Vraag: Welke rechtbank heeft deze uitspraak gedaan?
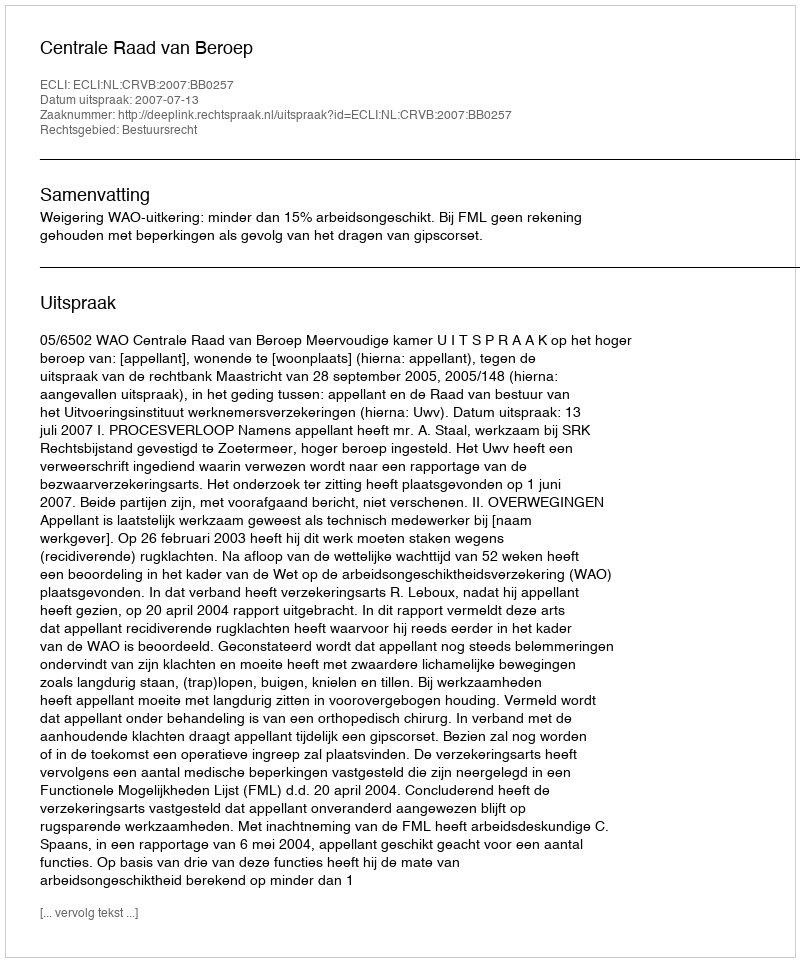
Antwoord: Centrale Raad van Beroep